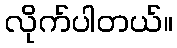
လိုက်ပါတယ်။